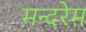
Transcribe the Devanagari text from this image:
मन्दरेम